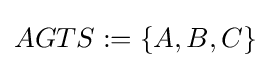
AGTS:=\{A,B,C\}